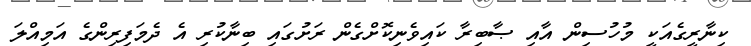
ކިނާރީގެއަކީ މުހުސިން އާއި ޞާބިރާ ކައިވެނިކޮށްގެން ރަށުގައި ބިނާކުރި އެ ދެމަފިރިންގެ އަމިއްލަ